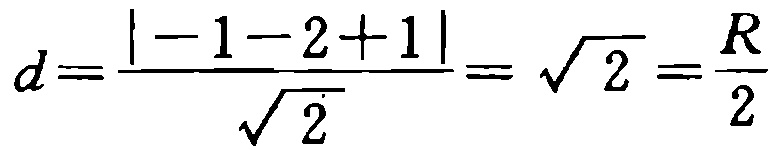
\[d=\frac{\vert -1 - 2 + 1\vert}{\sqrt{2}}=\sqrt{2}=\frac{R}{2}\]